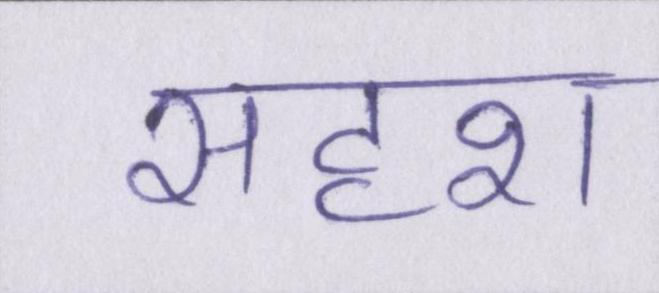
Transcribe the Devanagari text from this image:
सदृश